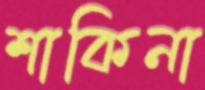
শাকিনা